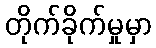
တိုက်ခိုက်မှုမှာ